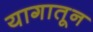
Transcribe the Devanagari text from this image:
यागातून